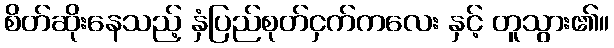
စိတ်ဆိုးနေသည့် နှံပြည်စုတ်ငှက်ကလေး နှင့် တူသွား၏။